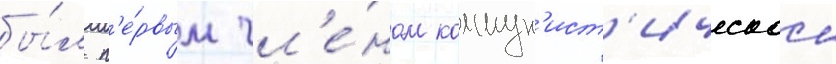
бы́л п'е́рвым чл'е́ном коммун'ист'ическои